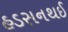
હડસનથઈ